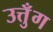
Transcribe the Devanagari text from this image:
उत्तुँग